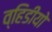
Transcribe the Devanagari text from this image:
व्हिडीयो